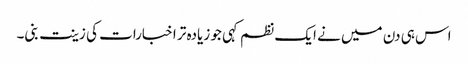
اس ہی دن میں نے ایک نظم کہی جو زیادہ تر اخبارات کی زینت بنی۔